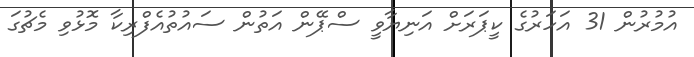
އުމުރުން 31 އަހަރުގެ ކީޕަރަށް އަނިޔާވީ ސްޕޭން އަތުން ސައުތުއެފްރިކާ މޮޅުވި މެޗުގަ